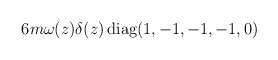
\begin{align*}6 m\omega (z) \delta (z)\,{\rm diag} (1,-1,-1,-1,0)\end{align*}